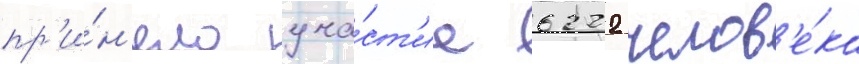
пр'и́н'яло уча́ст'ие 6222 челов'е́ка